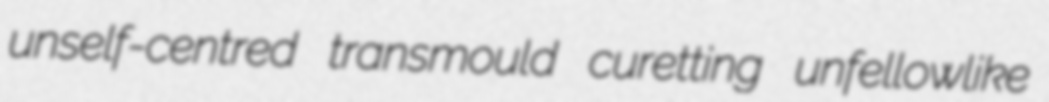
unself-centred transmould curetting unfellowlike